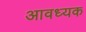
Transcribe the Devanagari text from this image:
आवध्यक